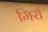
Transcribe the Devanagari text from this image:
मिर्रा